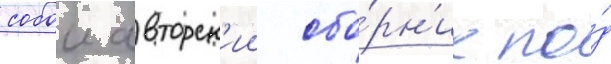
собои авторск'ии сбо́рн'ик по́д